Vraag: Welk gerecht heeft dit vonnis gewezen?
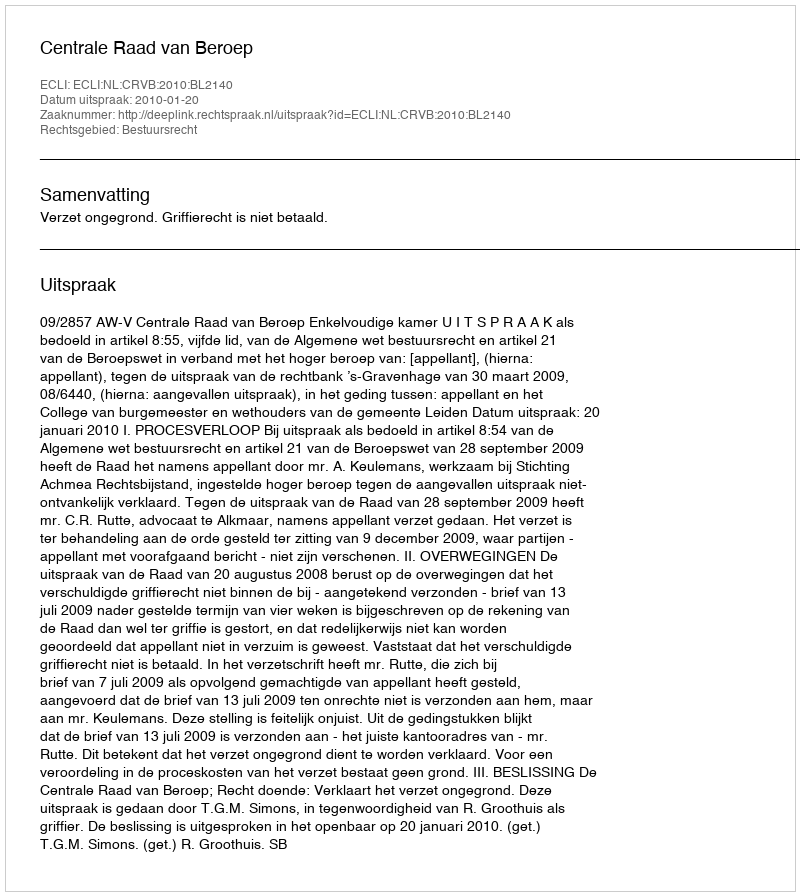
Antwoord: Centrale Raad van Beroep